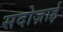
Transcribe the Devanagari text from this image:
सदोज़ाई